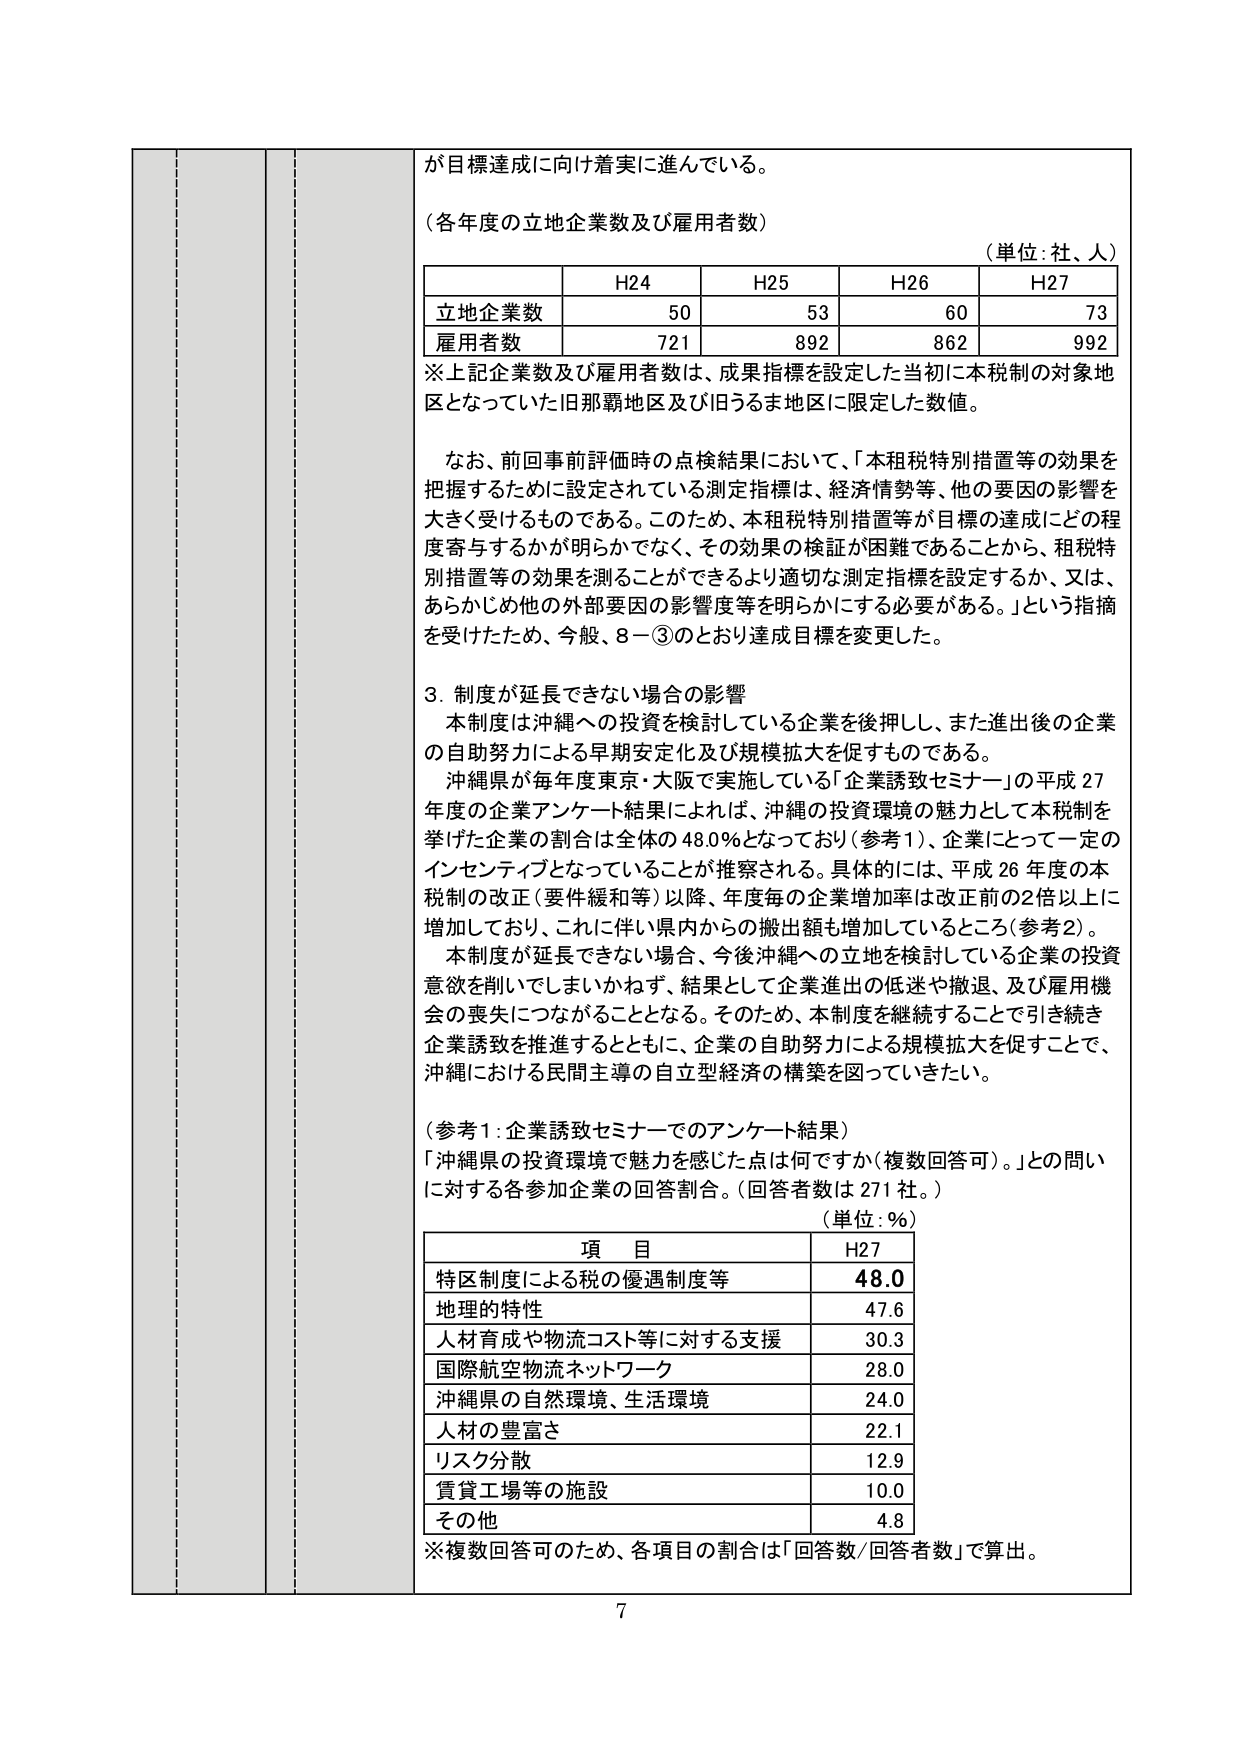
が目標達成に向け着実に進んでいる。

（各年度の立地企業数及び雇用者数）
（単位：社、人）

| | H24 | H25 | H26 | H27 |
|---|---|---|---|---|
| 立地企業数 | 50 | 53 | 60 | 73 |
| 雇用者数 | 721 | 892 | 862 | 992 |

※上記企業数及び雇用者数は、成果指標を設定した当初に本税制の対象地区となっていた旧那覇地区及び旧うるま地区に限定した数値。

なお、前回事前評価時の点検結果において、「本租税特別措置等の効果を把握するために設定されている測定指標は、経済情勢等、他の要因の影響を大きく受けるものである。このため、本租税特別措置等が目標の達成にどの程度寄与するかが明らかでなく、その効果の検証が困難であることから、租税特別措置等の効果を測ることができるより適切な測定指標を設定するか、又は、あらかじめ他の外部要因の影響度等を明らかにする必要がある。」という指摘を受けたため、今般、8－③のとおり達成目標を変更した。

3．制度が延長できない場合の影響
本制度は沖縄への投資を検討している企業を後押しし、また進出後の企業の自助努力による早期安定化及び規模拡大を促すものである。
沖縄県が毎年度東京・大阪で実施している「企業誘致セミナー」の平成27年度の企業アンケート結果によれば、沖縄の投資環境の魅力として本税制を挙げた企業の割合は全体の48.0％となっており（参考1）、企業にとって一定のインセンティブとなっていることが推察される。具体的には、平成26年度の本税制の改正（要件緩和等）以降、年度毎の企業増加率は改正前の2倍以上に増加しており、これに伴い県内からの搬出額も増加しているところ（参考2）。
本制度が延長できない場合、今後沖縄への立地を検討している企業の投資意欲を削いでしまいかねず、結果として企業進出の低迷や撤退、及び雇用機会の喪失につながることとなる。そのため、本制度を継続することで引き続き企業誘致を推進するとともに、企業の自助努力による規模拡大を促すことで、沖縄における民間主導の自立型経済の構築を図っていきたい。

（参考1：企業誘致セミナーでのアンケート結果）
「沖縄県の投資環境で魅力を感じた点は何ですか（複数回答可）。」との問いに対する各参加企業の回答割合。（回答者数は271社。）

（単位：％）

| 項目 | H27 |
|---|---|
| 特区制度による税の優遇制度等 | 48.0 |
| 地理的特性 | 47.6 |
| 人材育成や物流コスト等に対する支援 | 30.3 |
| 国際航空物流ネットワーク | 28.0 |
| 沖縄県の自然環境、生活環境 | 24.0 |
| 人材の豊富さ | 22.1 |
| リスク分散 | 12.9 |
| 賃貸工場等の施設 | 10.0 |
| その他 | 4.8 |

※複数回答可のため、各項目の割合は「回答数／回答者数」で算出。

7